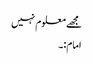
مجھے معلوم نہیں
امام:۔